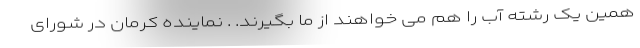
همین یک رشته آب را هم می خواهند از ما بگیرند. . نماینده کرمان در شورای